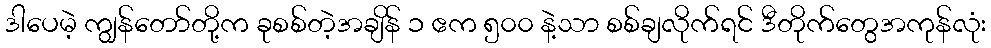
ဒါပေမဲ့ ကျွန်တော်တို့က ခုစစ်တဲ့အချိန် ၁ ဧက ၅၀၀ နဲ့သာ စစ်ချလိုက်ရင် ဒီတိုက်တွေအကုန်လုံး